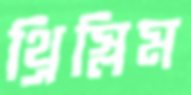
থ্রিস্লিম